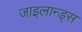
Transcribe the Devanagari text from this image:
जाइलान्ड्स